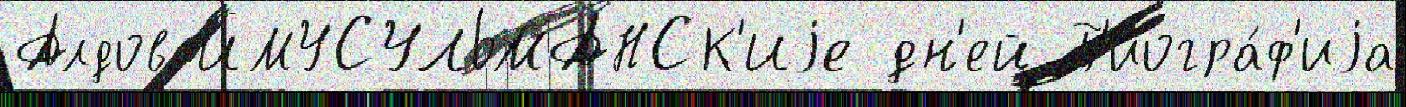
Алдов ИМУСУЛЬМАНСК'Иjе дн'ей Б'иогра́ф'иjа